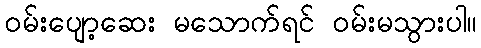
ဝမ်းပျော့ဆေး မသောက်ရင် ဝမ်းမသွားပါ။